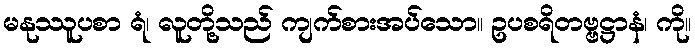
မနုဿူပစာ ရံ၊ လူတို့သည် ကျက်စားအပ်သော။ ဥပစရိတဗ္ဗဋ္ဌာနံ၊ ကို။